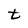
Character: t